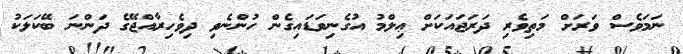
ނަމަވެސް ވަރަށް މަތިވެރި ދަރަޖައަކަށް ޢިލްމު އުގެނިވަޑައިގެން ހުންނެވި ދިވެހިރާއްޖޭގެ ދަންނަ ބޭކަލަކު